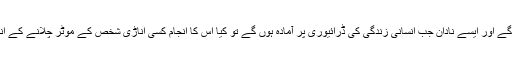
ایسے اناڑی جب قانون ساز بن بیٹھیں گے اور ایسے نادان جب انسانی زندگی کی ڈرائیوری پر آمادہ ہوں گے تو کیا اس کا انجام کسی اناڑی شخص کے موٹر چلانے کے انجام سے کچھ بھی مختلف ہوسکتا ہے؟